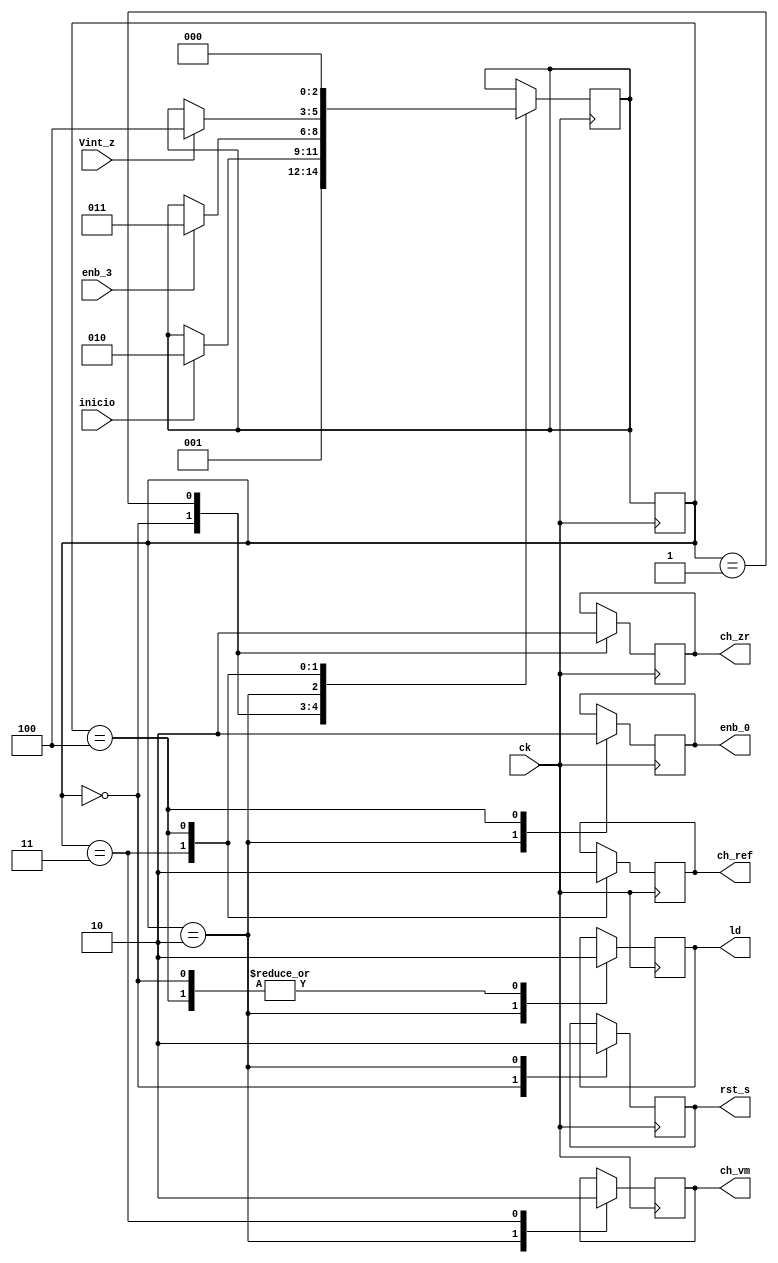
/*
Mdulo Mquina de Estados

Este mdulo implementa uma mquina de estados para controlar o comportamento do sistema.

*/

module maquina_de_estados(
    input ck,
    input inicio,
    input Vint_z,
    input enb_3,
    output reg enb_0,
    output reg rst_s,
    output reg ch_vm,
    output reg ch_ref,
    output reg ch_zr,
    output reg ld
);
    localparam PARADO=0, RESET=1, CONTAR_TX=2, CONTAR_TM=3, PARAR_CONTADOR=4;

    reg [2:0] estado, prox_estado;

    initial begin
        // Inicializaes
        estado = PARADO;
        prox_estado = PARADO;
	end

    always @(posedge ck) begin
        // Transio de estado na borda de subida do clock
        estado <= prox_estado;
    end
 
    always @(negedge ck) begin
        // Lgica da mquina de estados
        case (estado)
            PARADO: begin
                prox_estado <= RESET;
            end
            RESET: begin
                if (inicio)
                    prox_estado <= CONTAR_TX;
            end
            CONTAR_TX: begin
                if (enb_3)
                    prox_estado <= CONTAR_TM;
            end
            CONTAR_TM: begin
                if (Vint_z)
                    prox_estado <= PARAR_CONTADOR;
            end
            PARAR_CONTADOR: begin
                prox_estado <= PARADO;
            end
        endcase
    end

    always @(posedge ck) begin
        // Aes associadas a cada estado na borda de subida do clock
        case (estado)
            PARADO: begin
                ch_zr <= 1;
                rst_s <= 1;
                ld <= 0;
            end
            RESET: begin
                ch_zr <= 0;
            end
            CONTAR_TX: begin
                ld <= 1;
                enb_0 <= 1;
                ch_vm <= 1;
                rst_s <= 0;
            end
            CONTAR_TM: begin
                ch_vm <= 0;
                ch_ref <= 1;
            end
            PARAR_CONTADOR: begin
                enb_0 <= 0;
                ld <= 0;
                ch_ref <= 0;
            end
        endcase
    end
endmodule